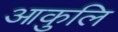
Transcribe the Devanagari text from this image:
आकुलि